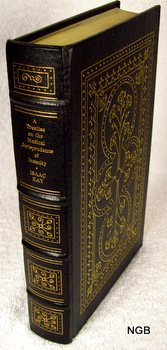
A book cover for A Treatise on the Medical Jurisprudence of Insanity.; Isaac Ray; Law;